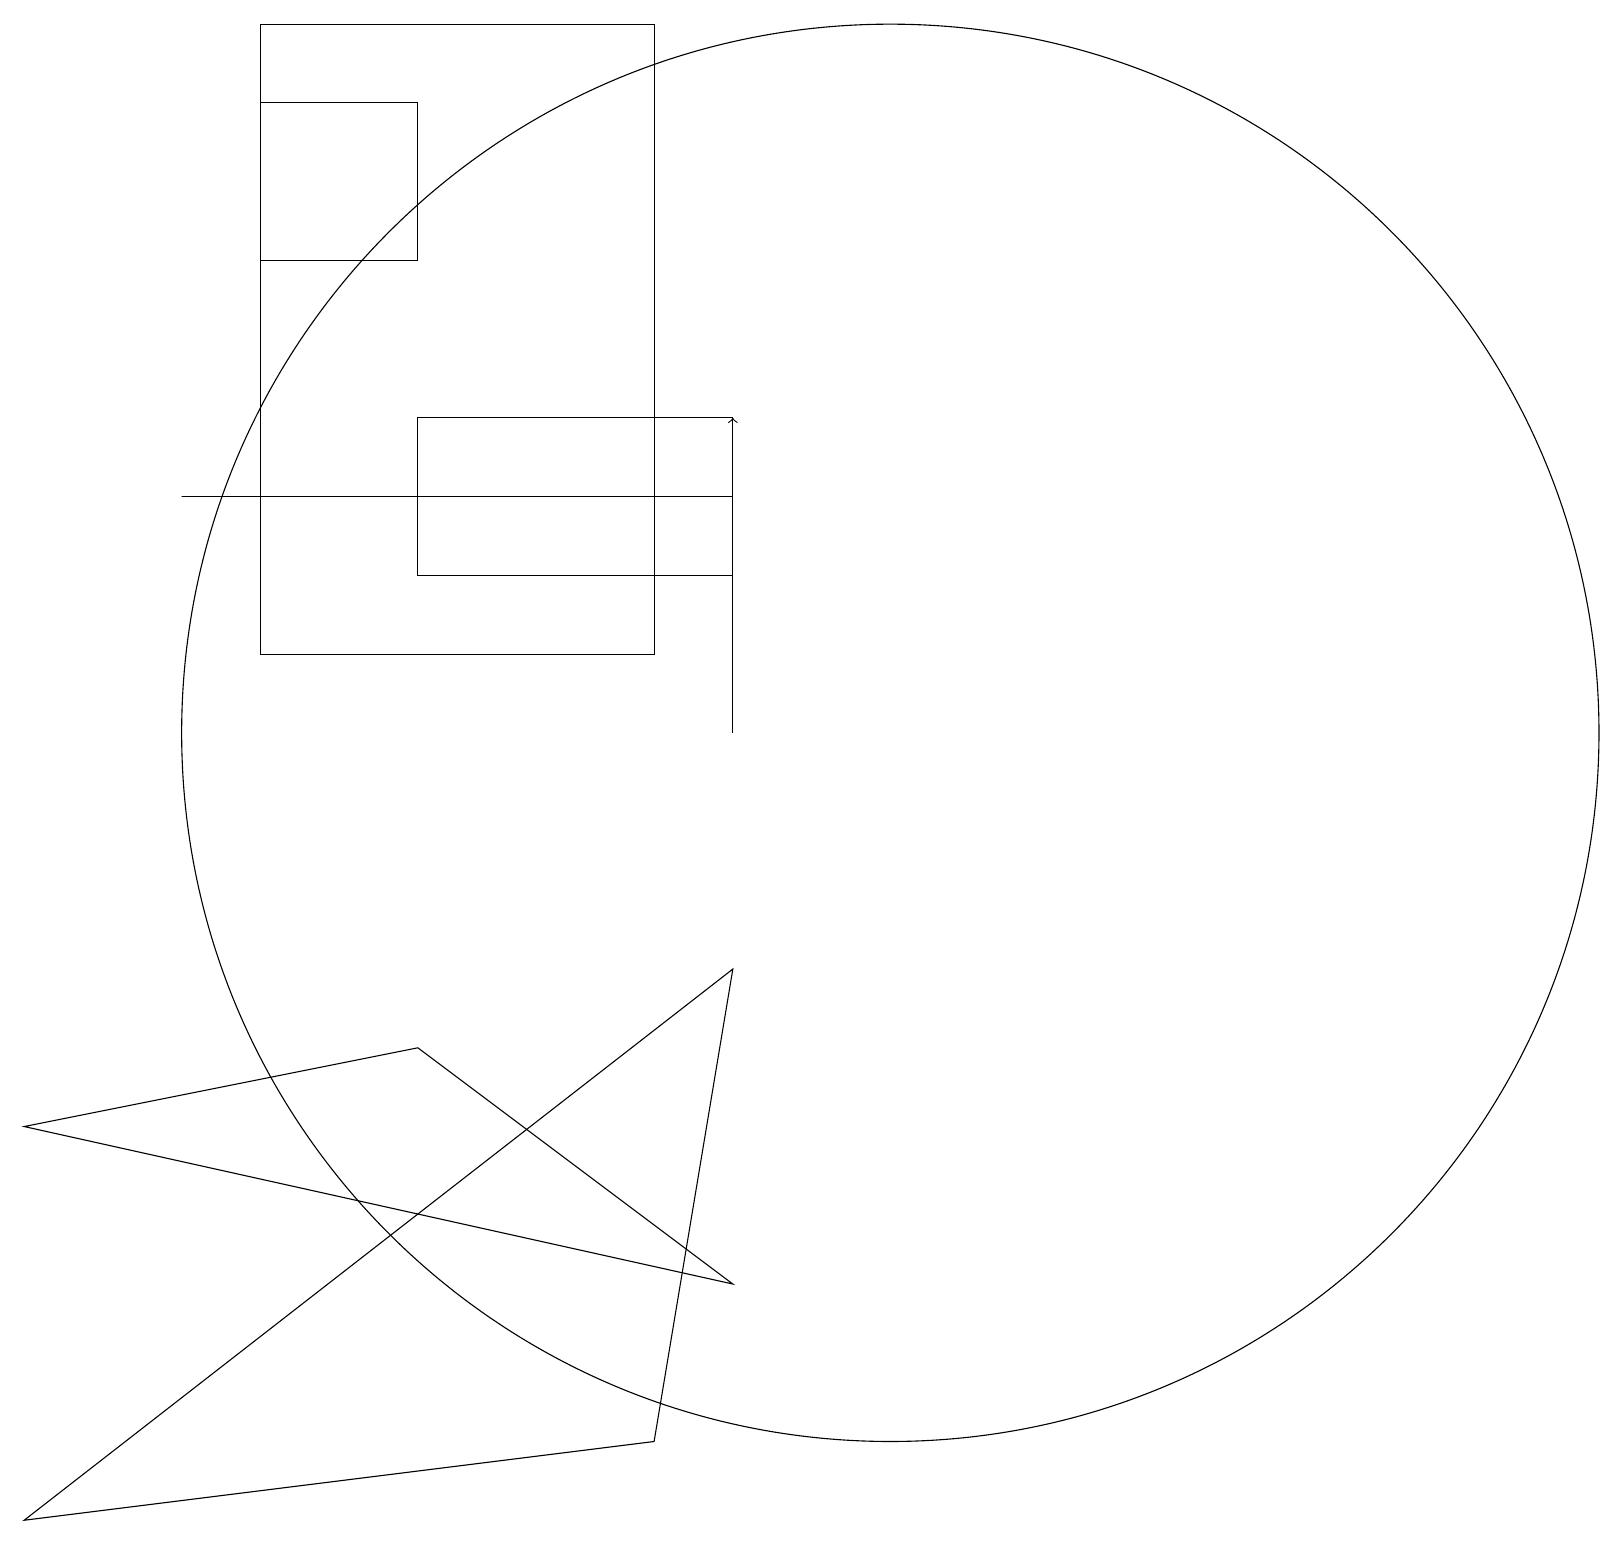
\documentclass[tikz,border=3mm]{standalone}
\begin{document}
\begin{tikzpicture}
\draw (3,18) rectangle (5,16);
\draw (8,1) -- (9,7) -- (0,0) -- cycle;
\draw[->] (9,10) -- (9,14);
\draw (0,5) -- (9,3) -- (5,6) -- cycle;
\draw (9,13) rectangle (2,13);
\draw (5,14) rectangle (9,12);
\draw (8,19) rectangle (3,11);
\draw (11,10) circle (9);
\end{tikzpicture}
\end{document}